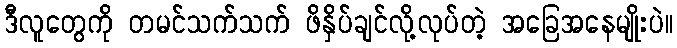
ဒီလူတွေကို တမင်သက်သက် ဖိနှိပ်ချင်လို့လုပ်တဲ့ အခြေအနေမျိုးပဲ။